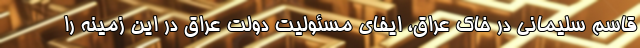
قاسم سلیمانی در خاک عراق، ایفای مسئولیت دولت عراق در این زمینه را